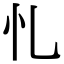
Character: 𢖪